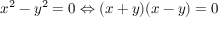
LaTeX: x ^ { 2 } - y ^ { 2 } = 0 \Leftrightarrow ( x + y ) ( x - y ) = 0